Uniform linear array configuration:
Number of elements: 12
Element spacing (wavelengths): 0.5
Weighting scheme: uniform
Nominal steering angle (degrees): -45
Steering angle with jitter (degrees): -46.381
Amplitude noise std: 0.05
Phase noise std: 0.05

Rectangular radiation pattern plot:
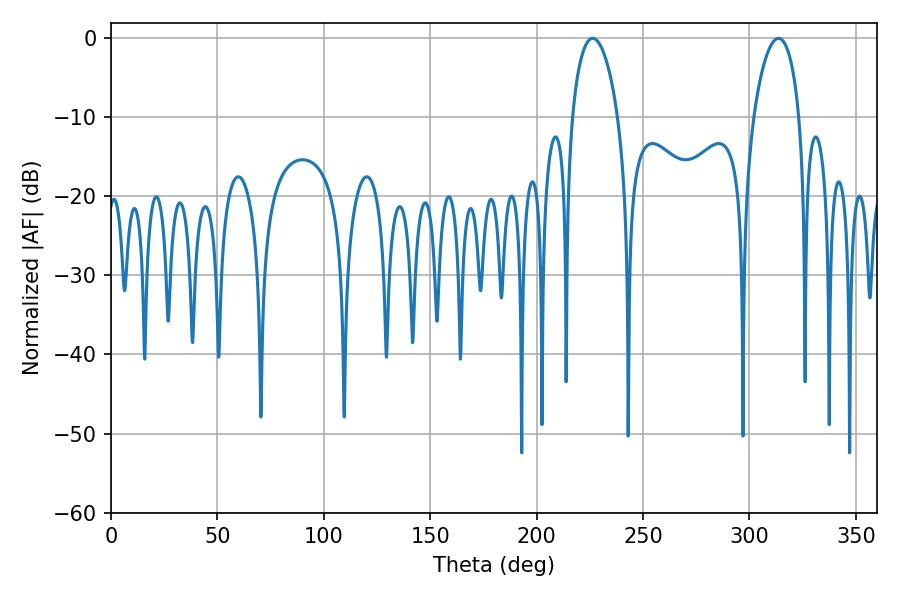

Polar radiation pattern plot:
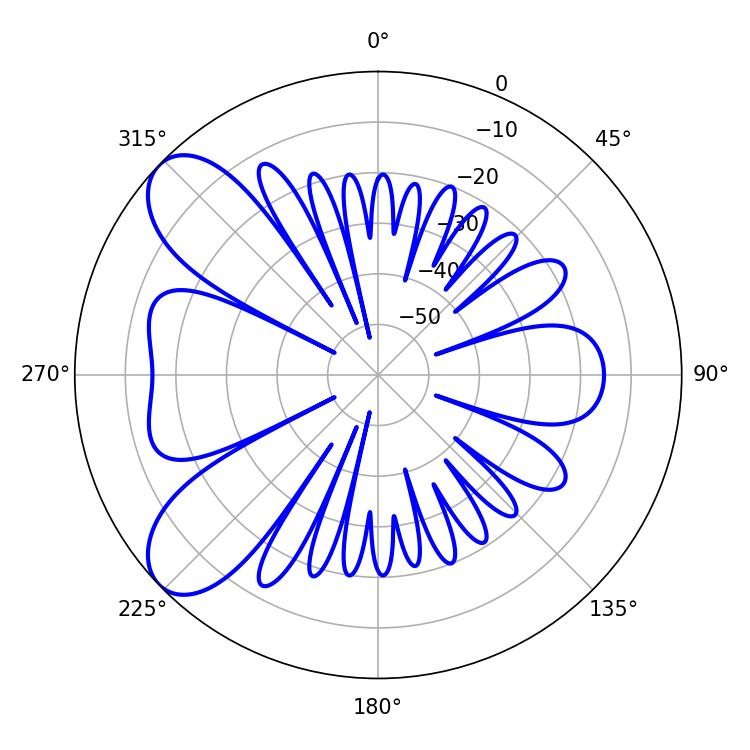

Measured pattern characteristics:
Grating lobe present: FALSE
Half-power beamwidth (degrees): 12.42
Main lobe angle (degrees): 226.26